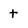
Character: t